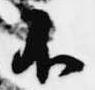
不